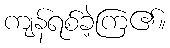
ကျန်ရစ်ခဲ့ကြ၏။